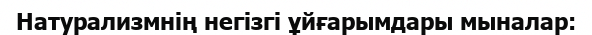
Натурализмнің негізгі ұйғарымдары мыналар: